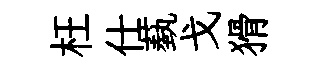
枉仕蓺戈猾